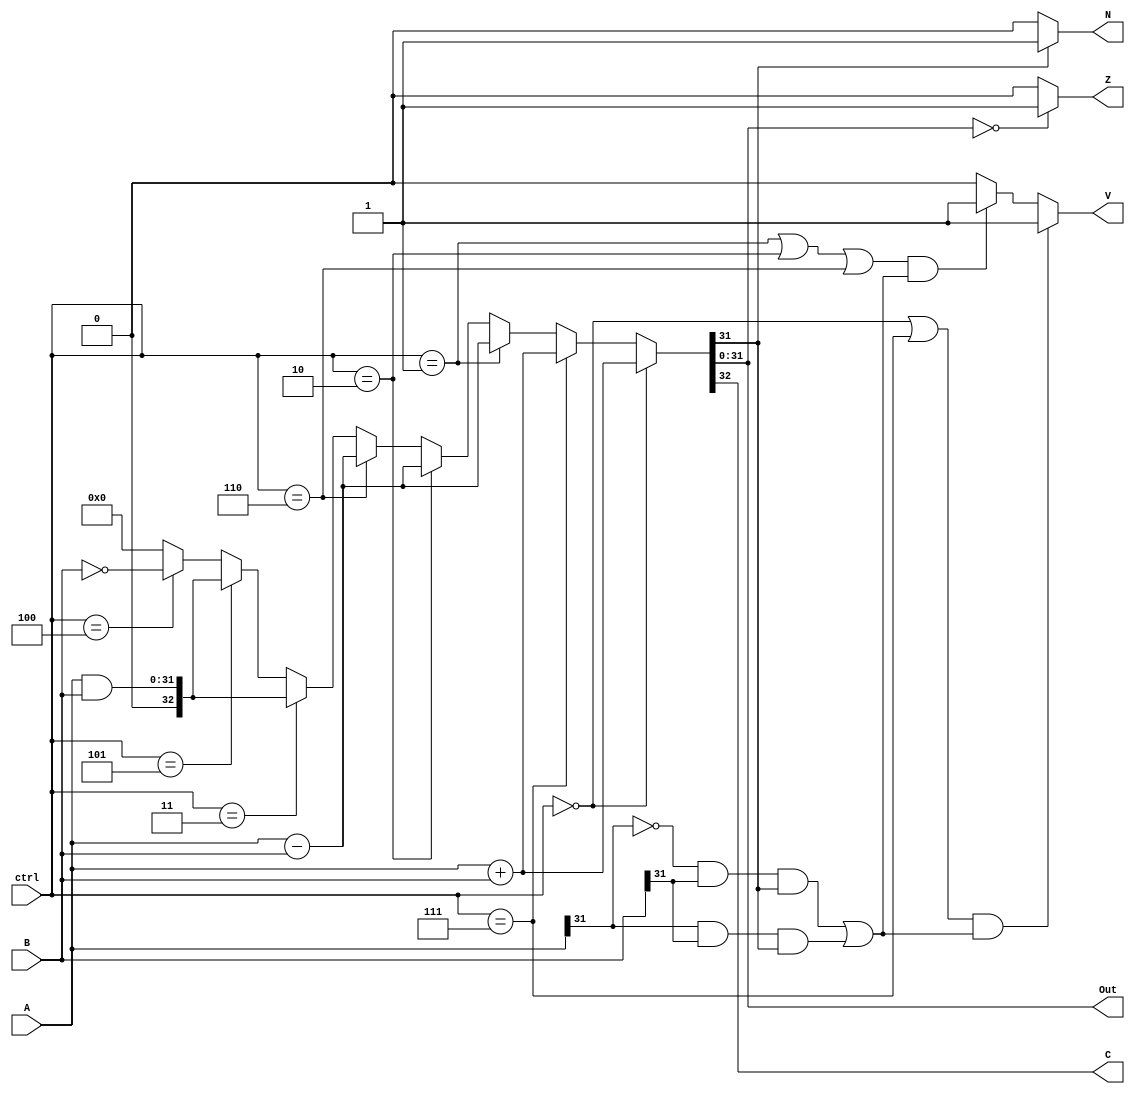
`timescale 1ns/1ns
module ALU (A, B, ctrl, Out, Z,N,C,V);
  input [31:0] A, B;
  input [2:0] ctrl;
  output [31:0] Out;
  output Z,N,C,V;
  assign {C,Out} = (ctrl == 3'b000 ) ? (A + B):
	      (ctrl == 3'b111 ) ? (A + B):
              (ctrl == 3'b001) ? (A - B):
	      (ctrl == 3'b010) ? (A - B): 
	      (ctrl == 3'b110) ? (A - B): 
              (ctrl == 3'b011) ? (A & B) :
	      (ctrl == 3'b101) ? (A & B) :
              (ctrl == 3'b100) ? (~B) :33'b0;
  assign Z = (Out == 32'd0) ? 1'b1 : 1'b0; 
  assign N = (Out[31] == 1'b1) ? 1'b1 : 1'b0; 
  assign V = ((ctrl==3'b000 | ctrl==3'b111) &((~A[31]& B[31] & Out[31])|(A[31]& B[31] & Out[31])))? 1'b1: 
	     ((ctrl==3'b001 | ctrl==3'b010 | ctrl==3'b110) &((~A[31]&  B[31] & Out[31])|(A[31]&  B[31] & Out[31])))? 1'b1 :1'b0;
endmodule